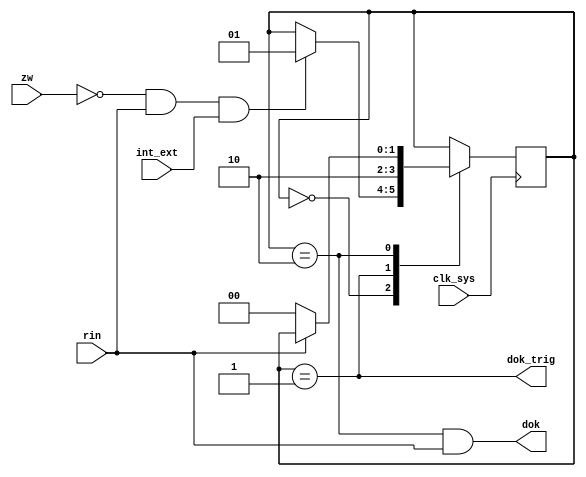
// This program was cloned from: https://github.com/jakubfi/mera400f
// License: GNU General Public License v2.0

// OK interface signal driver

module dok(
	input clk_sys,
	input rin,
	input zw,
	input int_ext,
	output dok_trig,
	output dok
);

	localparam IDLE = 2'd0;
	localparam TRIG = 2'd1;
	localparam DOK	= 2'd2;

	reg [1:0] state;

	always @ (posedge clk_sys) begin
		case (state)
			IDLE: if (~zw & rin & int_ext) state <= TRIG;
			TRIG: state <= DOK;
			DOK:  if (~rin) state <= IDLE;
		endcase
	end

	assign dok_trig = (state == TRIG);
	assign dok = (state == DOK) & rin;

endmodule

// vim: tabstop=2 shiftwidth=2 autoindent noexpandtab